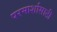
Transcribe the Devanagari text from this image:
परमार्शासाठी